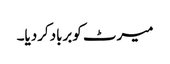
میرٹ کوبربادکردیا۔